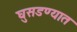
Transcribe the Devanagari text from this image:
घुसडण्यात